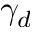
\gamma _ { d }